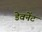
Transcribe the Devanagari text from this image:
डेवनेंट